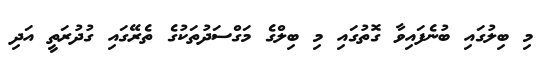
މި ބިލުގައި ބުނެފައިވާ ގޮތުގައި މި ބިލްގެ މަގްސަަދުތަކުގެ ތެރޭގައި ގުދުރަތީ އަދި